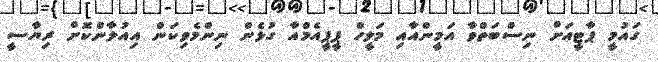
ގައުމީ ޕާޓީއަށް ނިސްބަތްވާ އަމީންއާއި މަލީހް ޕީޕީއެމްއާ ގުޅެން ނިންމެވިކަން އިއުލާންކޮށް ރިޔާސީ